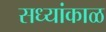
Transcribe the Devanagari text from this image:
सध्यांकाळ